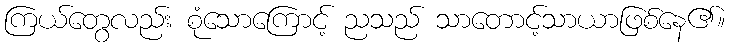
ကြယ်တွေလည်း စုံသောကြောင့် ညသည် သာတောင့်သာယာဖြစ်နေ၏။